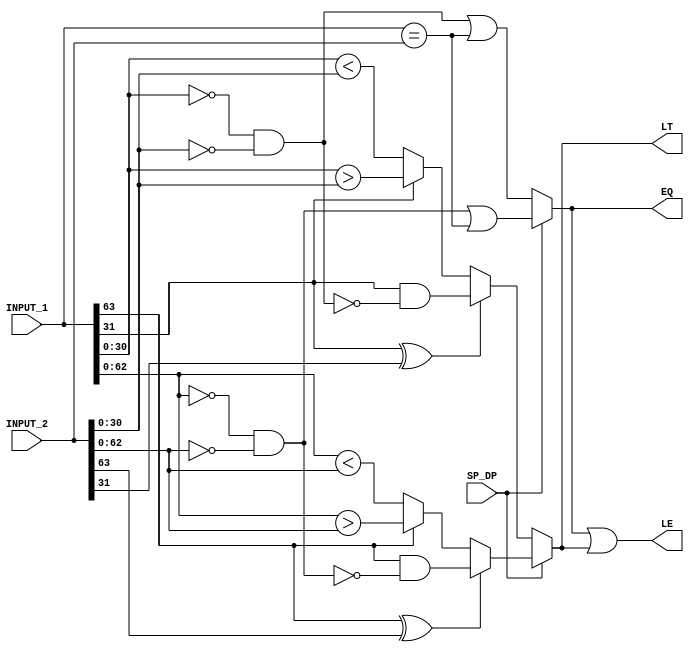
`timescale 1ns / 1ps

module Compare
(
    input [63:0] INPUT_1,
    input [63:0] INPUT_2,
    input SP_DP,
    output reg EQ,
    output reg LT,                
    output reg LE
);

wire INPUT_1_zero_SP = INPUT_1[30:0]==0;
wire INPUT_1_zero_DP = INPUT_1[62:0]==0;
wire INPUT_2_zero_SP = INPUT_2[30:0]==0;
wire INPUT_2_zero_DP = INPUT_2[62:0]==0;

wire GT_mag_SP = INPUT_1[30:0] > INPUT_2[30:0];
wire LT_mag_SP = INPUT_1[30:0] < INPUT_2[30:0];
wire GT_mag_DP = INPUT_1[62:0] > INPUT_2[62:0];
wire LT_mag_DP = INPUT_1[62:0] < INPUT_2[62:0];

always @(*) begin
    if(SP_DP==1) begin
        EQ <= (INPUT_1_zero_DP & INPUT_2_zero_DP) || (INPUT_1 == INPUT_2);
        LT <= INPUT_1[63] ^ INPUT_2[63] ? INPUT_1[63] & !(INPUT_1_zero_DP & INPUT_2_zero_DP) : INPUT_1[63] ? GT_mag_DP : LT_mag_DP;
        LE <= EQ | LT;
    end
    else begin
        EQ <= (INPUT_1_zero_SP & INPUT_2_zero_SP) || (INPUT_1 == INPUT_2);
        LT <= INPUT_1[31] ^ INPUT_2[31] ? INPUT_1[31] & !(INPUT_1_zero_SP & INPUT_2_zero_SP) : INPUT_1[31] ? GT_mag_SP : LT_mag_SP;
        LE <= EQ | LT;
    end    
end


endmodule